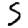
Digit: 5